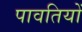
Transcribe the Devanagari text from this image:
पावतियों